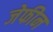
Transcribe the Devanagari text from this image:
जेफीन